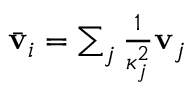
\begin{array} { r } { \bar { \mathbf { v } } _ { i } = \sum _ { j } \frac { 1 } { \kappa _ { j } ^ { 2 } } \mathbf { v } _ { j } } \end{array}